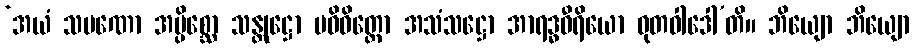
‘အယံ သမဏော အပ္ပိစ္ဆော သန္တုဋ္ဌော ပဝိဝိတ္တော အသံသဋ္ဌော အာရဒ္ဓဝီရိယော ဓုတဝါဒေါ’တိ။ ဘိယျော ဘိယျော